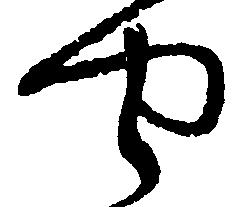
や